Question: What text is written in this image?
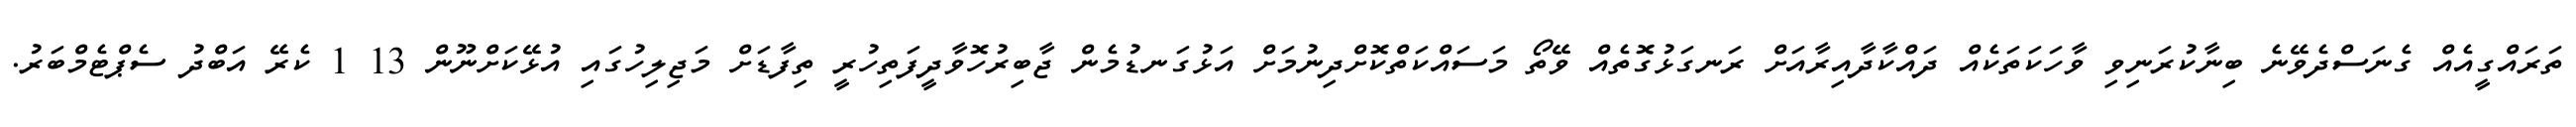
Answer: ތަރައްގީއެއް ގެނަސްދެވޭނެ ބިނާކުރަނިވި ވާހަކަތަކެއް ދައްކާދާއިރާއަށް ރަނގަޅުގޮތެއް ވޭތޯ މަސައްކަތްކޮށްދިނުމަށް އަޅުގަނޑުމެން ޖާބިރުހޮވާދީފަތިހުރީ ތިފާޑަށް މަޖިލިހުގައި އުޅޭކަށްނޫން 13 1 ކެރޭ އަބްދު ސެޕްޓެމްބަރު.